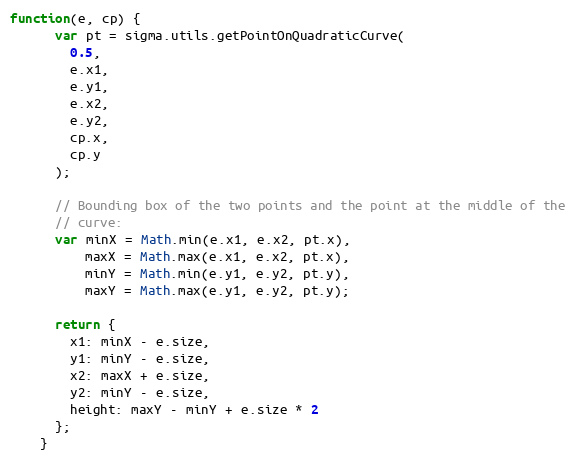
Language: JavaScript
function(e, cp) {
      var pt = sigma.utils.getPointOnQuadraticCurve(
        0.5,
        e.x1,
        e.y1,
        e.x2,
        e.y2,
        cp.x,
        cp.y
      );

      // Bounding box of the two points and the point at the middle of the
      // curve:
      var minX = Math.min(e.x1, e.x2, pt.x),
          maxX = Math.max(e.x1, e.x2, pt.x),
          minY = Math.min(e.y1, e.y2, pt.y),
          maxY = Math.max(e.y1, e.y2, pt.y);

      return {
        x1: minX - e.size,
        y1: minY - e.size,
        x2: maxX + e.size,
        y2: minY - e.size,
        height: maxY - minY + e.size * 2
      };
    }